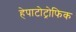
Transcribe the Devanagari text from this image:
हेपाटोट्रोफिक